Riigikantselei, lk 139
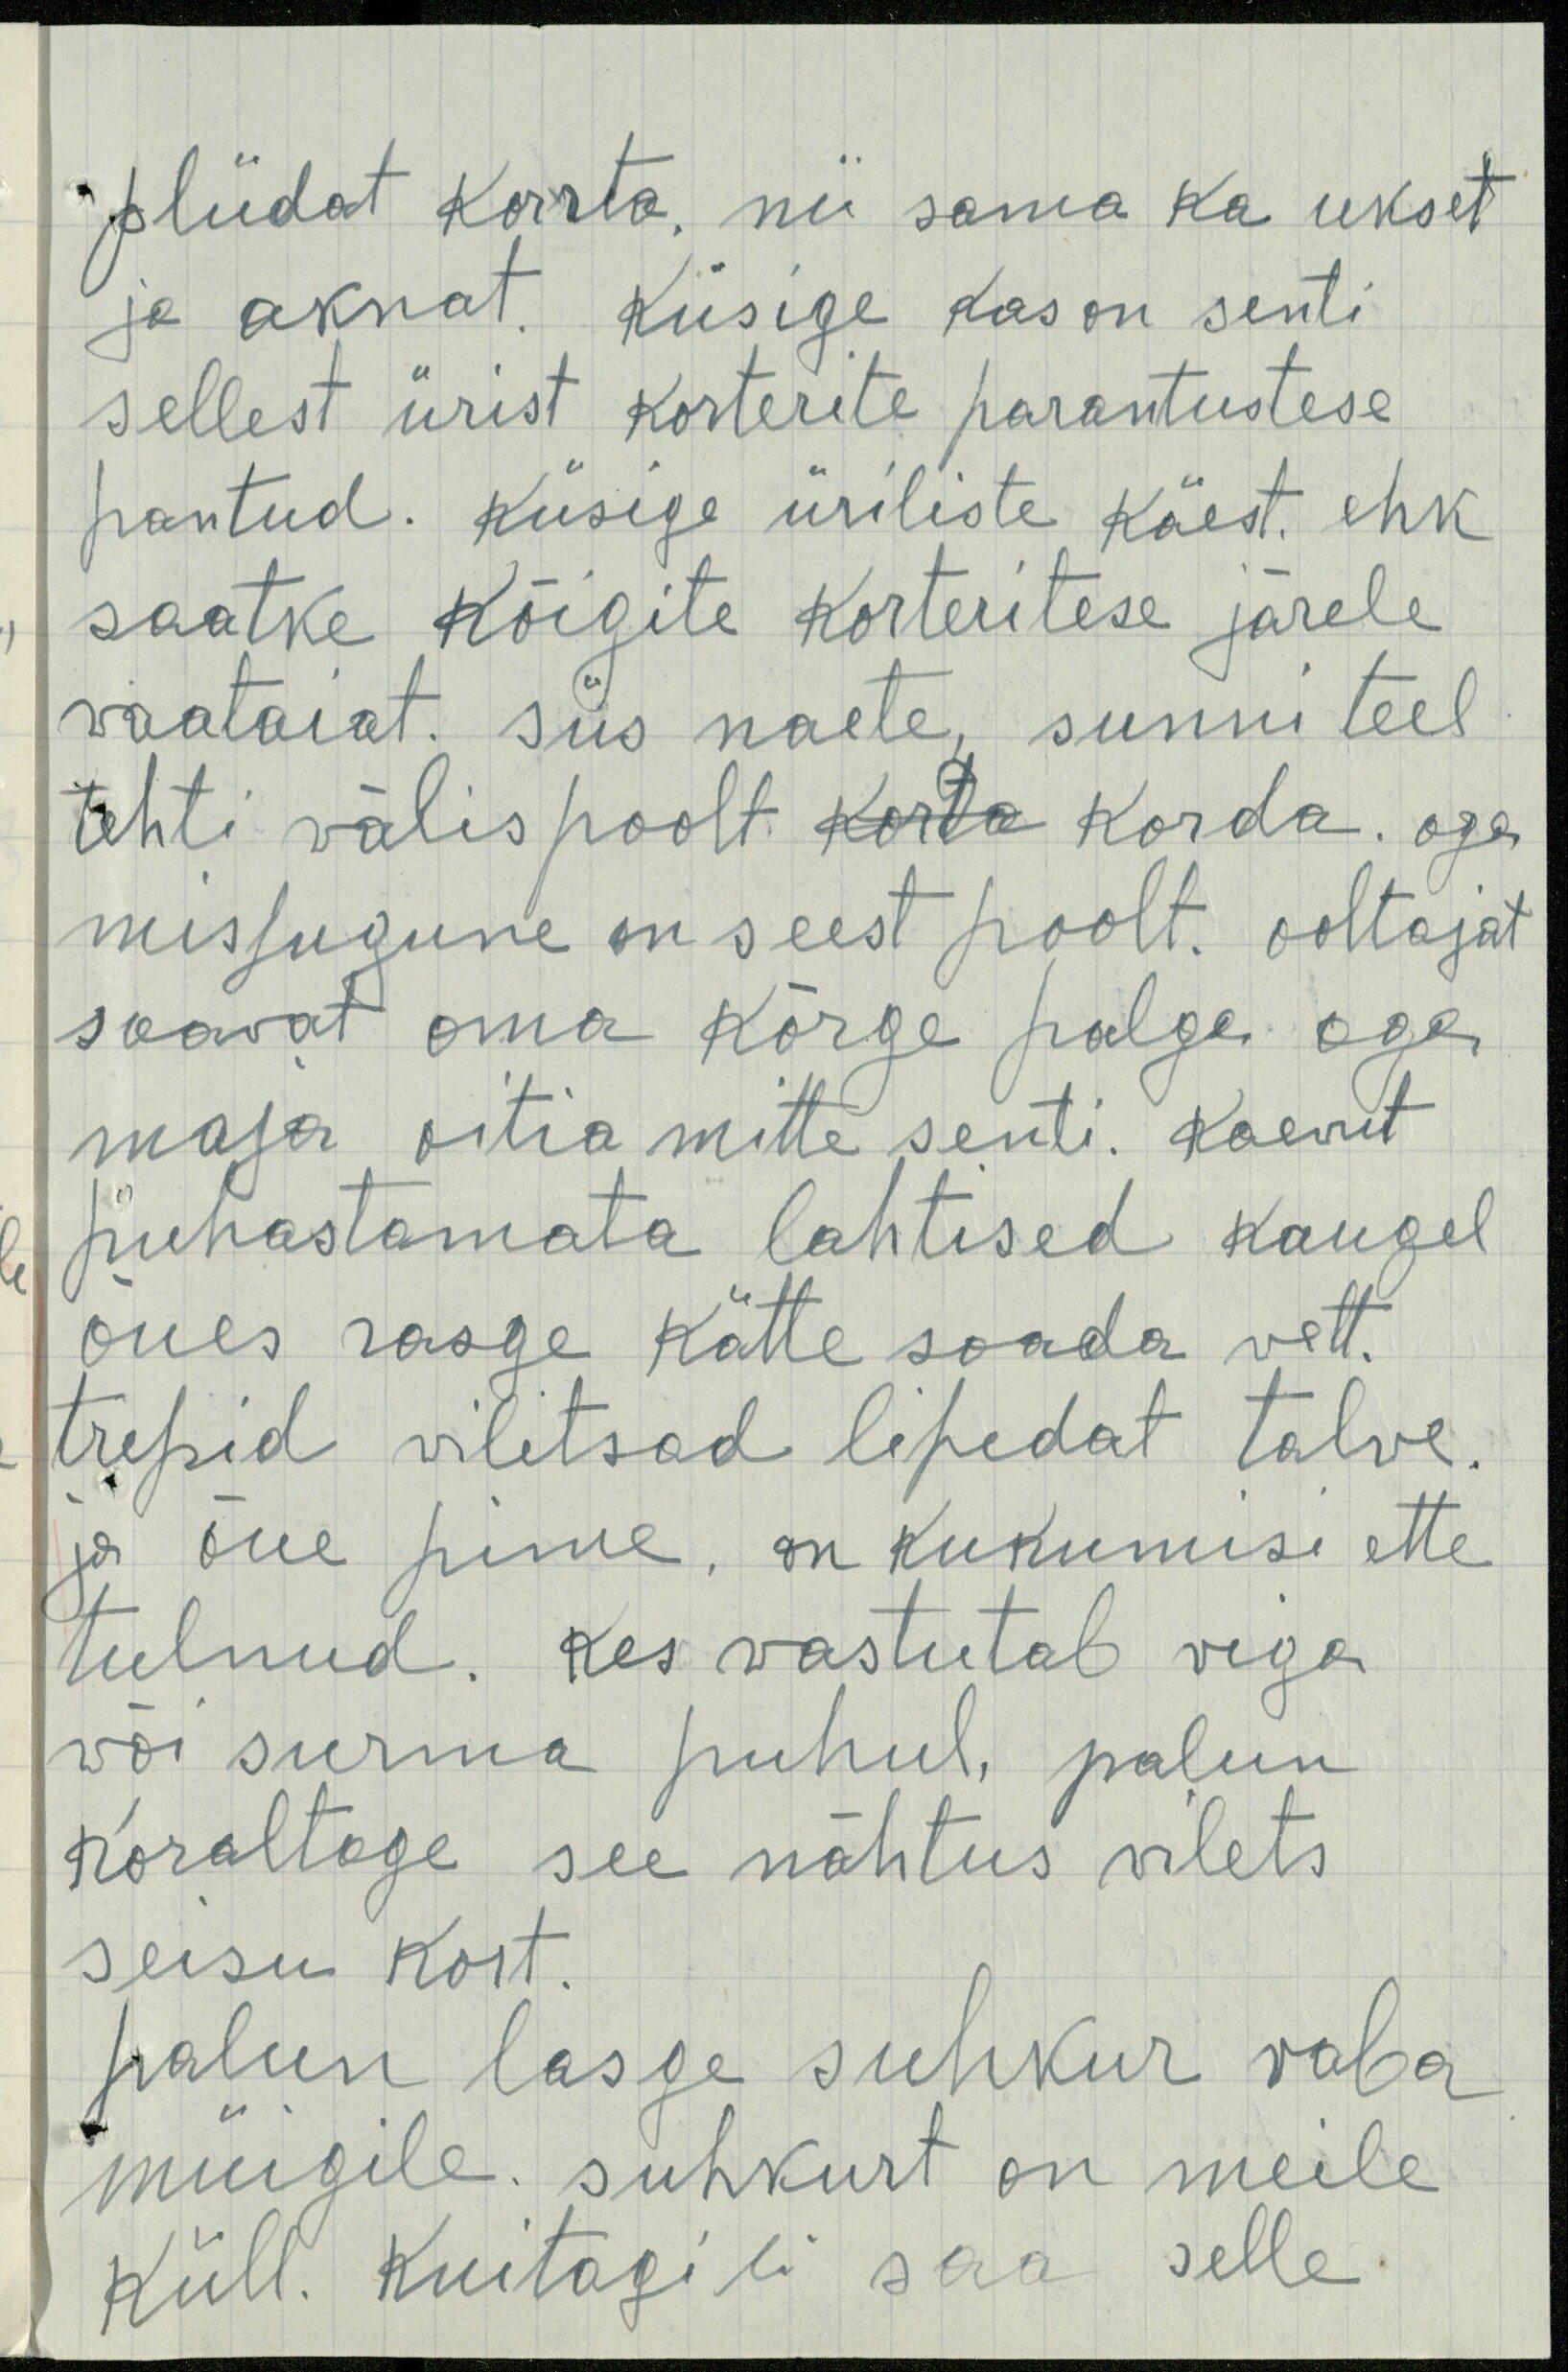
pliidat korrta, nii sama ka ukset
ja aknat. Küsige kas on senti
sellest ürist korterite parantustese
pantud. Küsige üriliste käest. ehk
saatke kõigite korteritese järele
waataiat. Siis naete, sunni teel
tehti välis poolt korta korda. aga
missugune on seest poolt. ooltajat
saavat oma kõrge palga aga
maja oitia mitte senti. Kaevut
puhastamata lahtised kaugel
õues rasge kätte saada vett.
trepid vilitsad lipedat talve.
ja õue pime, on kukumisi ette
tulnud. kes wastutab viga
wõi surma puhul, palun
koraltage see nähtus vilets
seisu kort.
palun lasge suhkur vaba
müügile. suhkurt on meile
küll. Kuitagi ei saa selle.